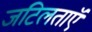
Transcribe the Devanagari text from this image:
जटिलताएॅ